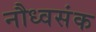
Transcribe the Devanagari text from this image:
नौध्वसंक